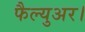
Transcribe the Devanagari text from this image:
फैल्युअर।